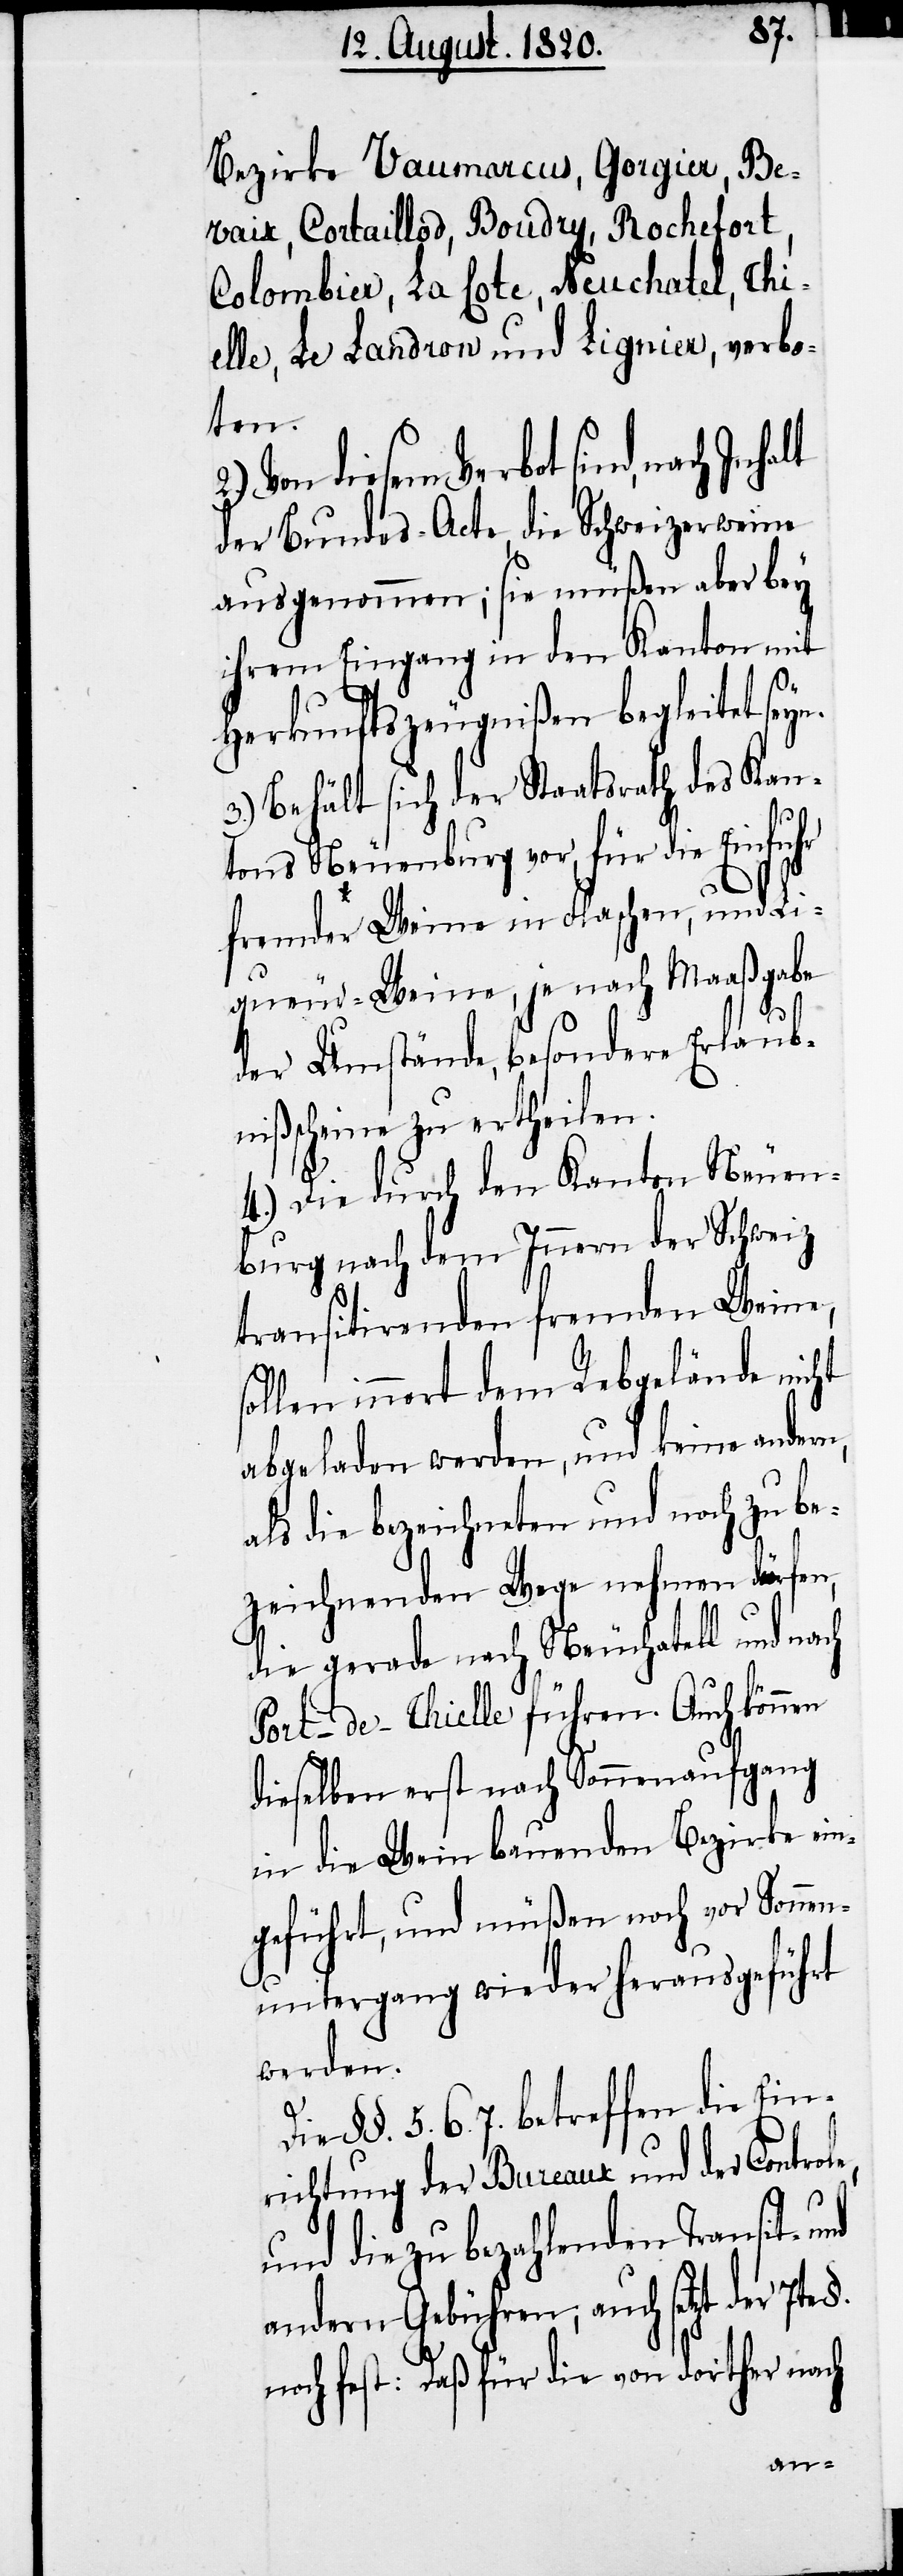
Bezirke Vaumarcus, Gorgier, Be¬
vaix, Cortaillod, Boudry, Rochefort,
Colombier, La Lote, Neuchatel, Thi¬
elle, Le Landron und Lignier, verbo¬
ten.
Von diesem Verbot sind, nach
der Bundes-Acte die Schweizerweine
ausgenommen; sie müßen aber bey
ihrem Eingang in den Kanton mit
Herkunftszeugnißen begleitet seyn.
3.) Behält sich der Staatsrath des Kan¬
tons Neuenburg vor, für die Einfuhr
fremder Weine in Flaschen, und Li¬
queur-Weine, je nach Maaßgabe
der Umstände, besondere Erlaub¬
nißscheine zu ertheilen.
4.) Die durch den Kanton Neuen¬
burg nach dem Innern der Schweiz
transitirenden fremden Weine,
sollen innert dem Rebgelände nicht
abgeladen werden, und keine ander¬
als die bezeichneten und noch zu be¬
zeichnenden Wege nehmen dürfen,
die gerade nach Neuchatell [sic!]
Port-de-Thielle rühren. Auch können
dieselben erst nach Sonnenaufgang
in die Wein bauenden Bezirke ein¬
geführt, und müßen noch vor Sonnen¬
untergang wieder herausgeführt
werden.
5. 6. 7. betreffen die Ein¬
richtung der Bureaux und der Control¬
und die zu bezahlenden Transit-
andern Gebühren, auch setzt der 7te
noch fest. Daß für die von dorther nach

e,